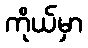
ကိုယ်မှာ